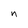
Character: n